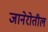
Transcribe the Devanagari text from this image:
जानेरोतील